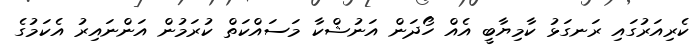
ކެރިއަރުގައި ރަނގަޅު ކާމިޔާބީ އެއް ހޯދަން އަނުޝްކާ މަސައްކަތް ކުރަމުން އަންނައިރު އެކަމުގެ